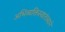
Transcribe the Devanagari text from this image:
अभिव्यक्तिस्वातंत्र्याने